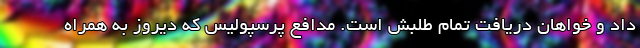
داد و خواهان دریافت تمام طلبش است. مدافع پرسپولیس که دیروز به همراه